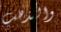
والذهب